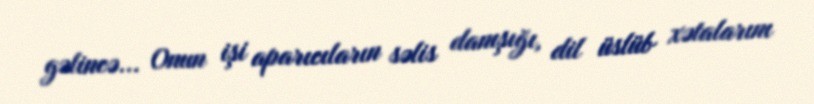
gəlincə... Onun işi aparıcıların səlis danışığı, dil üslüb xətalarını